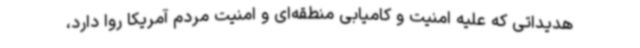
هدیداتی که علیه امنیت و کامیابی منطقه‌ای و امنیت مردم آمریکا روا دارد،